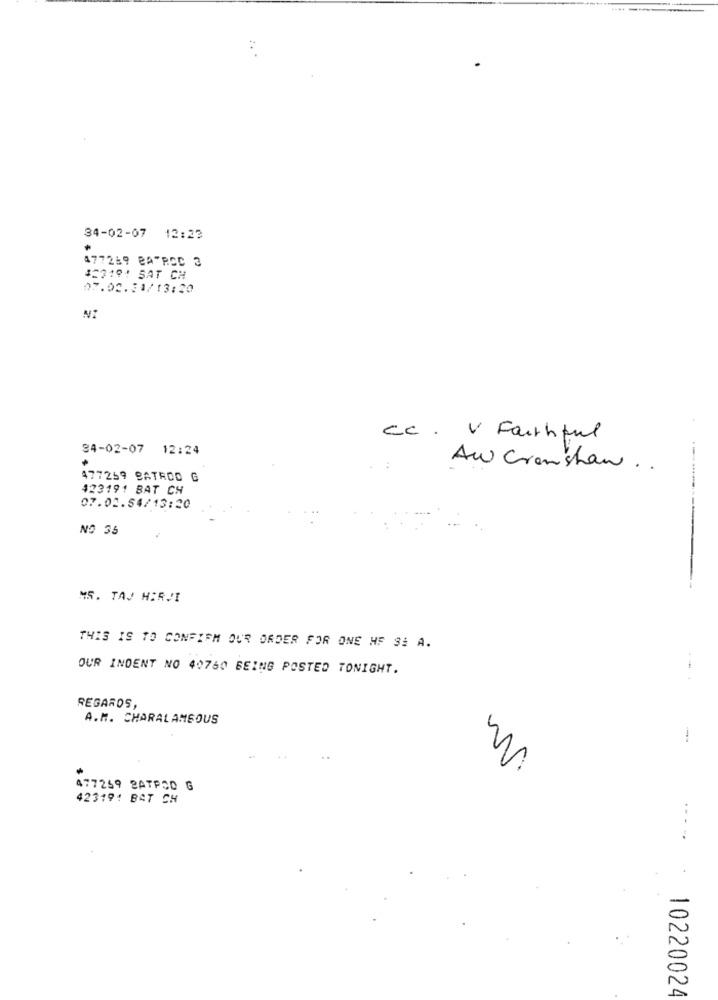
:
34-02-07 12:23
477269 BATRCC 3
12318: SAT CH
07.02.31/13:20
Cc. V Faithful
34-02-07 12:24
Aw Crenshaw ..
477259 BATROD
423191 BAT CH
07.02.54/13:20
NO 35
.------------
MS. TAJ HIRVI
THIS IS TO CONFIRM OUR ORDER FOR ONE HF S: A.
OUR INDENT NO 40750 BEING POSTED TONIGHT.
REGARDS,
A.M. CHARALAMSOUS
w
477259 2ATPOD G
42319: BAT CH
----
10220024